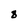
Character: 8